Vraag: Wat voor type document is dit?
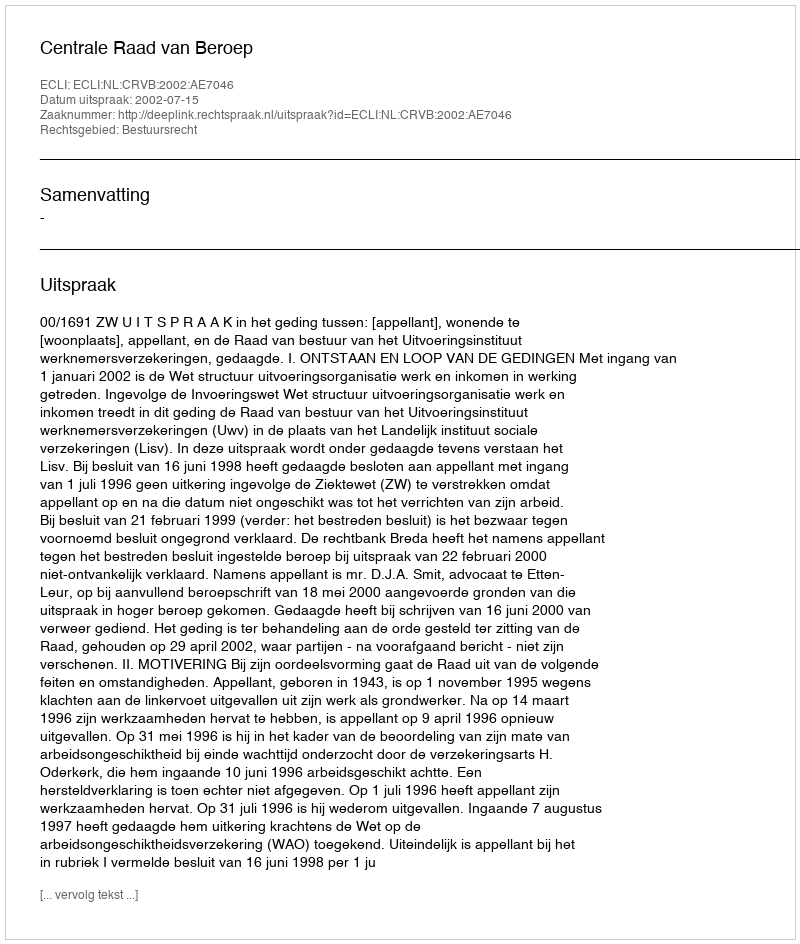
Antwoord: Uitspraak